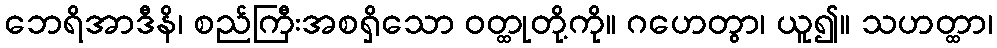
ဘေရိအာဒီနိ၊ စည်ကြီးအစရှိသော ဝတ္ထုတို့ကို။ ဂဟေတွာ၊ ယူ၍။ သဟတ္ထာ၊